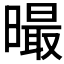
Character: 𣋁